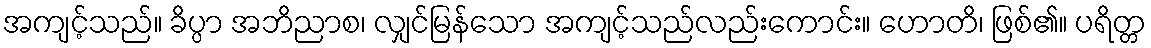
အကျင့်သည်။ ခိပ္ပာ အဘိညာစ၊ လျှင်မြန်သော အကျင့်သည်လည်းကောင်း။ ဟောတိ၊ ဖြစ်၏။ ပရိတ္တ